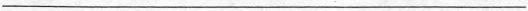
___